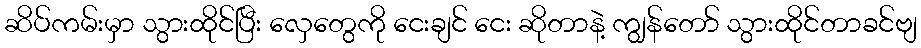
ဆိပ်ကမ်းမှာ သွားထိုင်ပြီး လှေတွေကို ငေးချင် ငေး ဆိုတာနဲ့ ကျွန်တော် သွားထိုင်တာခင်ဗျ